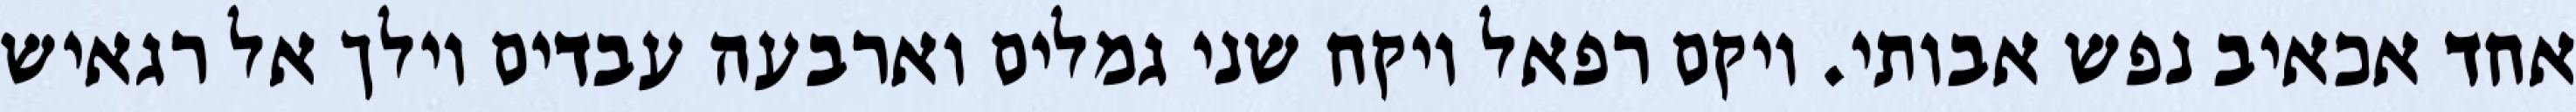
אחד אכאיב נפש אבותי. ויקם רפאל ויקח שני גמלים וארבעה עבדים וילך אל רגאיש